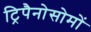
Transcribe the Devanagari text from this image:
ट्रिपैनोसोमों